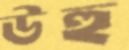
উহু